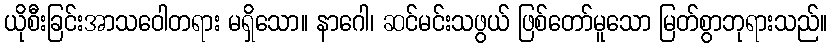
ယိုစီးခြင်းအာသဝေါတရား မရှိသော။ နာဂေါ၊ ဆင်မင်းသဖွယ် ဖြစ်တော်မူသော မြတ်စွာဘုရားသည်။